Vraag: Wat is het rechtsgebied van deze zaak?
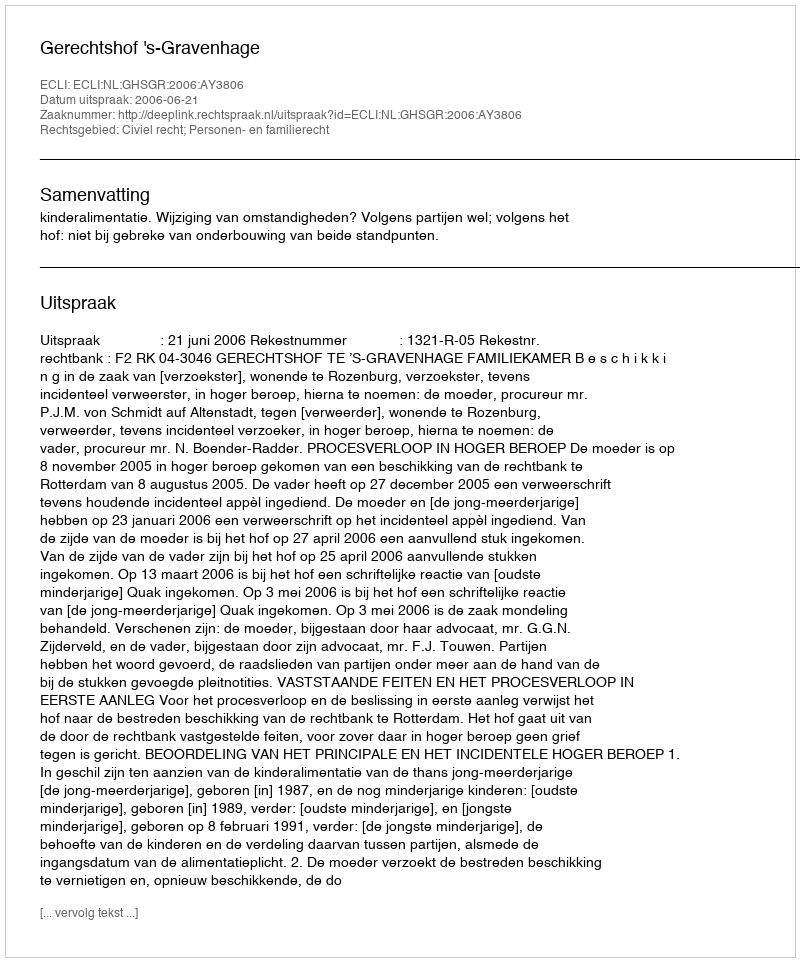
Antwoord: Civiel recht; Personen- en familierecht